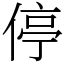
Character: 停